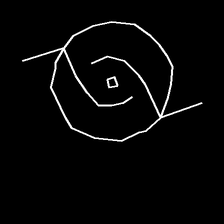
Glyph: repetition